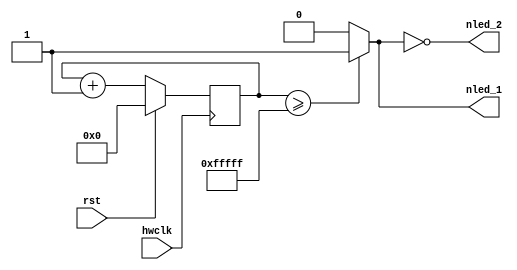
/* LED blinky */

module blinky( 
    // Inputs
    input hwclk,
    input rst,
    //input piEna,
    // Outputs
    output nled_1,
    output nled_2);

    parameter c_bit_counter = 21;
    reg  [c_bit_counter:0] s_counter_reg;
    wire [c_bit_counter:0] s_counter_next;

    // Main counter Reg
    always @ (posedge hwclk) begin
        if ( rst == 1'b1 ) begin
            s_counter_reg <= {c_bit_counter{1'b0}};
        end
        //else if ( piEna == 1'b1 ) begin
        else begin
            s_counter_reg <= s_counter_next;
        end
    end

    // Adder for main counter
    assign s_counter_next = s_counter_reg + 1;

    // Output logic
    assign nled_1 = (s_counter_reg >= {{1'b0}, {(c_bit_counter-1){1'b1}}} ) ? 1'b1 : 1'b0;
    assign nled_2 = ~nled_1;

endmodule